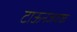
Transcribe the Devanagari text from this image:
टाऊनजवळ